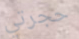
حجرتي